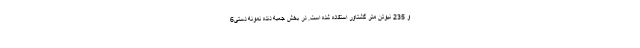
و 235 نیوتن متر گشتاور استفاده شده است. در بخش جعبه دنده نمونه دستی6